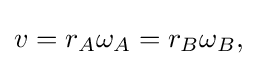
v=r_{A}\omega _{A}=r_{B}\omega _{B},\!